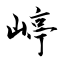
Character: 嵉